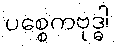
ပစ္စေကဗုဒ္ဓါ